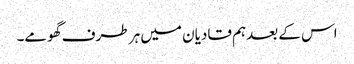
اس کے بعدہم قادیان میں ہر طرف گھومے۔